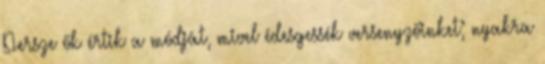
Persze ők értik a módját, mivel édesgessék versenyzőinket; nyakra